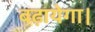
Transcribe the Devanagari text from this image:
बढ़ायेगा।